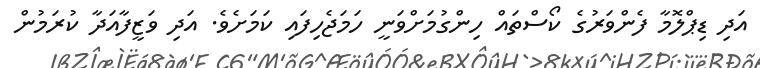
އަދި ޑިޕްލޮމާ ފެންވަރުގެ ކޯސްތައް ހިންގުމަށްވަނީ ހަމަޖެހިފައި ކަމަށެވެ. އަދި ވަޒީފާއަދާ ކުރަމުން